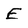
Character: E